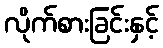
လိုက်စားခြင်းနှင့်